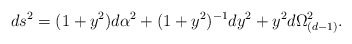
\begin{align*}ds^2 = (1+y^2) d\alpha^2 +(1+ y^2 )^{-1} dy^2 + y^2 d\Omega_{(d-1)}^2.\end{align*}